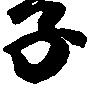
子